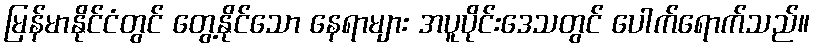
မြန်မာနိုင်ငံတွင် တွေ့နိုင်သော နေရာများ အပူပိုင်းဒေသတွင် ပေါက်ရောက်သည်။